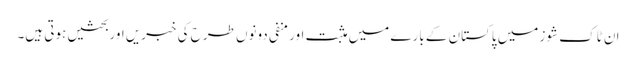
ان ٹاک شوز میں پاکستان کے بارے میں مثبت اور منفی دونوں طرح کی خبریں اور بحثیں ہوتی ہیں۔